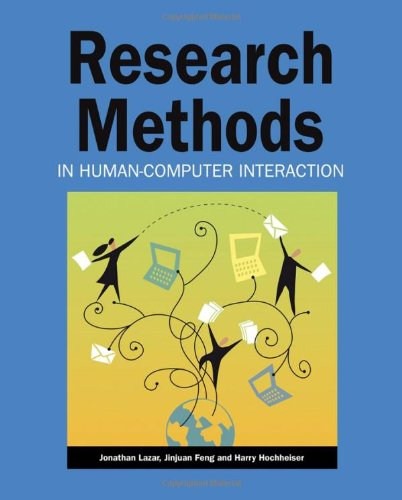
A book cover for Research Methods in Human-Computer Interaction; Jonathan Lazar; Computers & Technology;